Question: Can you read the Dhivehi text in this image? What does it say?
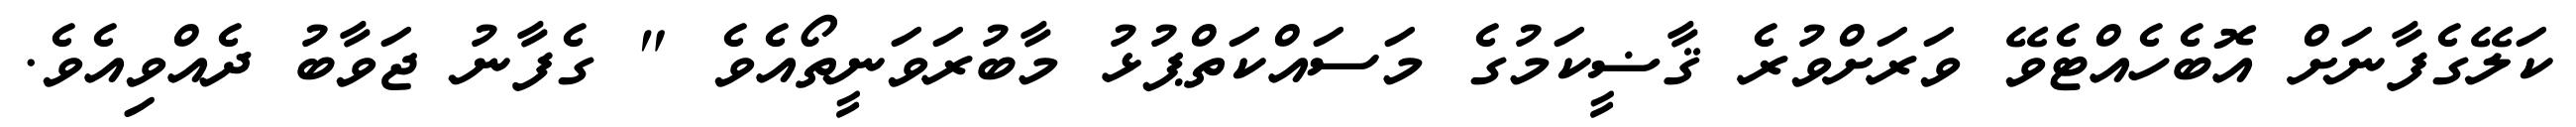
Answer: ކަލޭގެފާނަށް އޮބެހެއްޓެވޭ ވަރަށްވުރެ ޤާޟީކަމުގެ މަސައްކަތްޕުޅު މާބުރަވަނީތޯއެވެ " ގެފާނު ޖަވާބު ދެއްވިއެވެ.